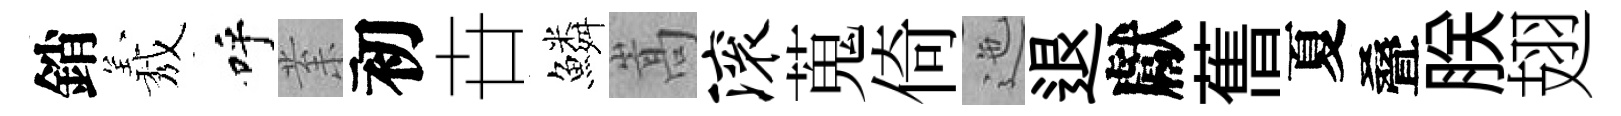
銷𦏁呼𭪙初卋鱗嵩滚蒐倚迤退獻𦾔夏叠朕翅